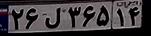
۲۶ل۳۶۵۱۴